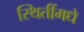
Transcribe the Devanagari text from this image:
स्थितींमधे